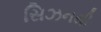
સિઝનથી